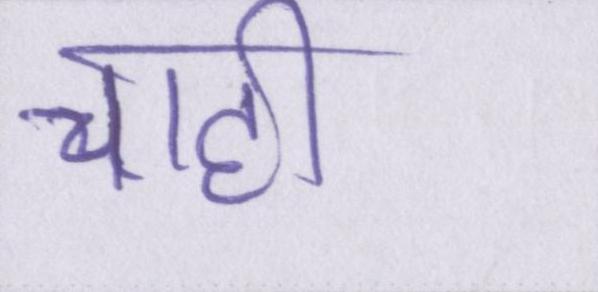
चाही